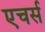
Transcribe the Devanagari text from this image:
एचर्स